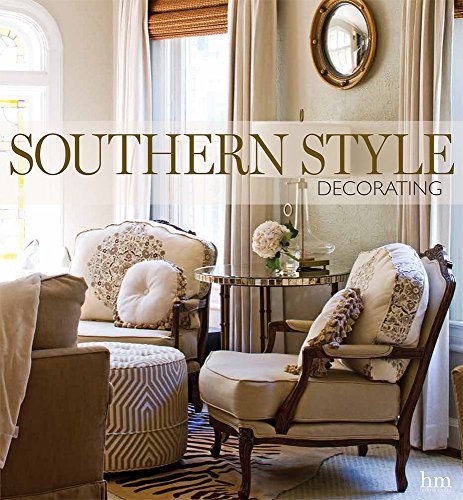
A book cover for Southern Style Decorating; Crafts, Hobbies & Home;